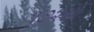
૧૭૨મો